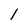
Character: l